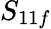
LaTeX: S_{11f}